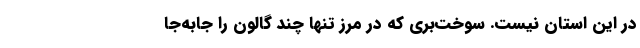
در این استان نیست. سوخت‌بَری که در مرز تنها چند گالون را جابه‌جا